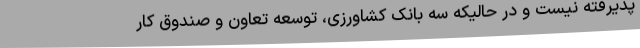
پذیرفته نیست و در حالیکه سه بانک کشاورزی، توسعه تعاون و صندوق کار